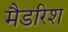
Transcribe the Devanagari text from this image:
मैडरिश